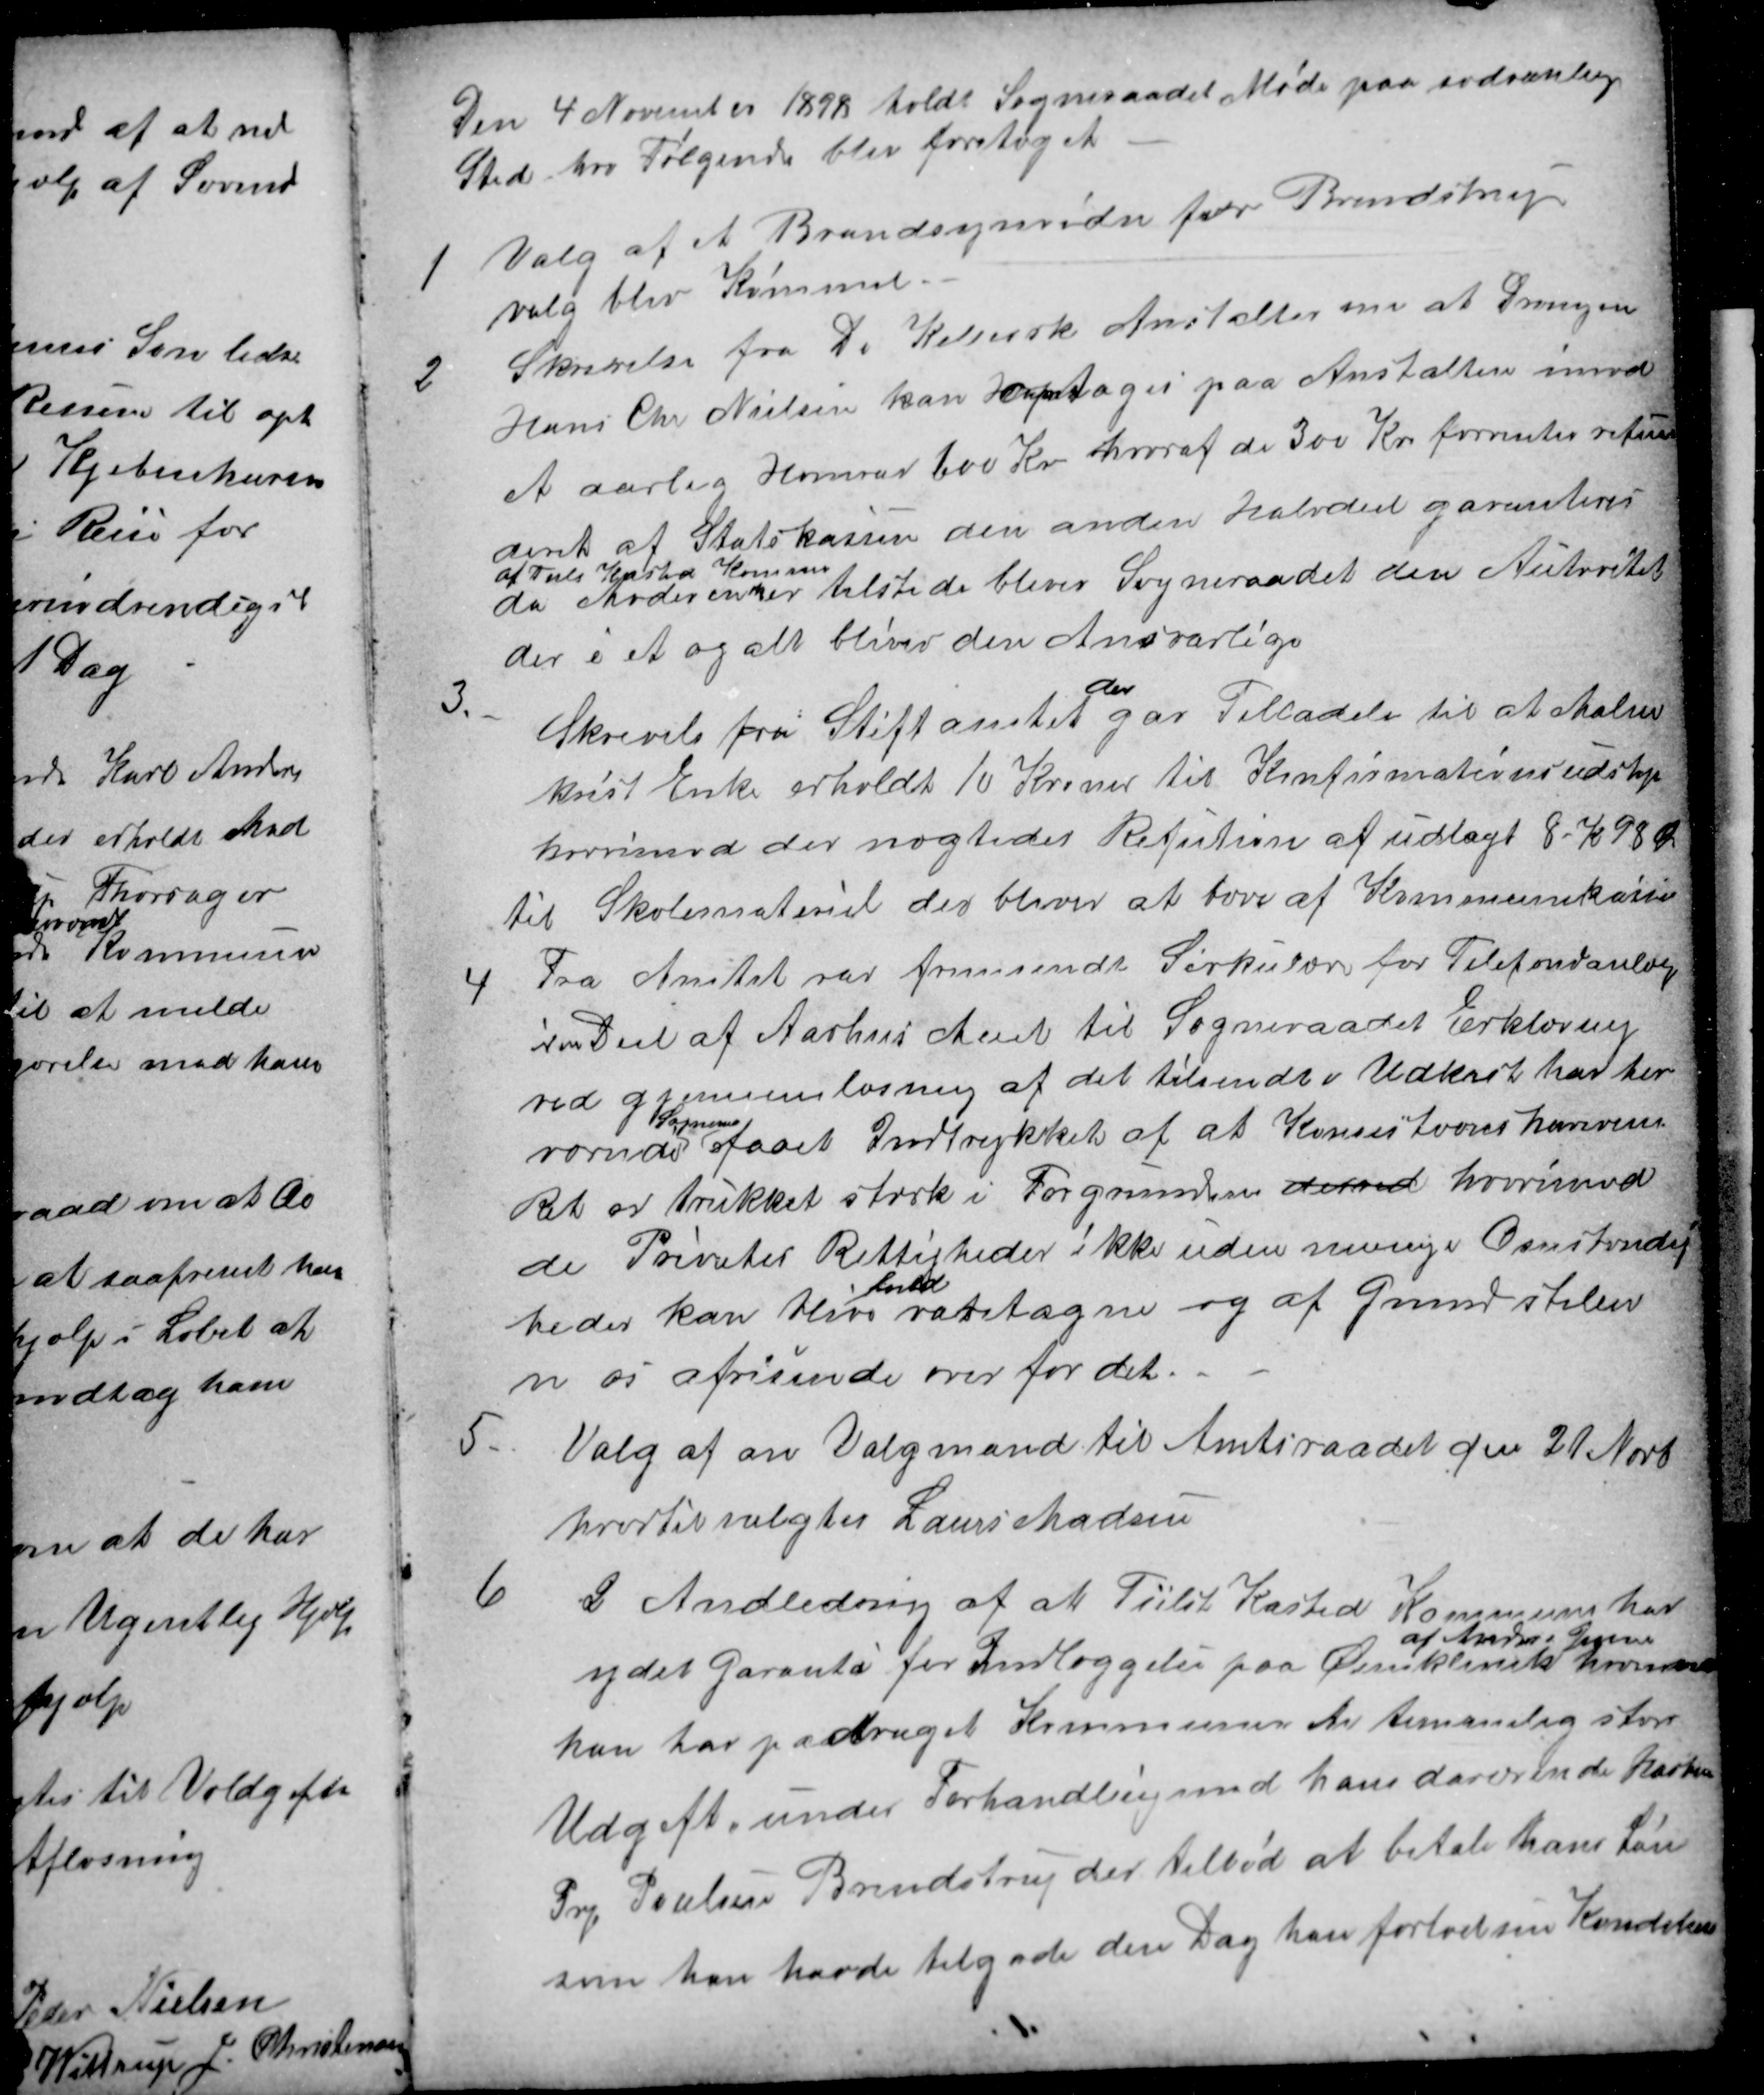
Transskription:
Den 4 November 1898 holdt Sogneraadet Møde paa sædvanling
Sted hvor Følgende blev foretaget
1
Valg af et Brandsynvidne for Brendstrup
valg blev Kümmel.
2
Skrivelse fra De Kellersk Anstalter om at Drengen
Hans Chr Nielsen kan optages paa Anstalten imod
et aarlig Honorar 600 Kr hvoraf de 300 Kr forventes refun
deret af Statskassen den anden Halvdeel garanteres
af Tiilst Kasted Kommune
da Moderen ik er tilstide bliver Sogneraadet den Autoritet
der i et og alt bliver den Ansvarlige
3.
Skrivels fra Stiftamtet 
der
gav Tilladelse til at Malm
kvist Enke erholdt 10 Kroner til Konfirmationsudstyr
hvorimod der nægtedes Refution af udlagt 8-Kr 98 Ør
til Skolemateriel der bliver at hæve af Kommunekassen
4
Fra Amtet var fremsendt Sirkulære for Telefondanlæg
i en Deel af Aarhus Amt til Sogneraadet Erklæring
ved gjennemlæsning af det tilsendt i Udkast har her
værende 
Sogneraad
faaet Indtrykket af at Konsestionshaverens
Ret er trukket stærk i Forgrunden derved hvorimod
de Privates Rettigheder ikke uden nævnige Omstændig
heder kan blive 
fuld
ratstagne og af Grund stiller
vi os afvisende over for det.
5
Valg af en Valgmand til Amtsraadet den 21 Novb
hvortil valgtes Laurs Madsen
6
I Anledning af at Tiilst Kasted Kommune har
ydet garanti for Indlæggelse paa Øienklinik
af Anders Jensen
hvorved
han har paadraget Kommunen er temmelig stor
Udgift, under Forhandling med hans daværende Husbond
Prp. Poulsen Brendstrup der tilbød at betale hans Løn
som han havde tilgode den Dag han forlod sin Kondition